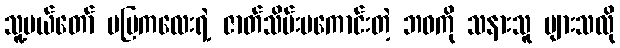
သူ့မယ်တော် မမြကလေးရဲ့ ဇာတ်သိမ်းမကောင်းတဲ့ ဘဝကို သနားသူ များသလို